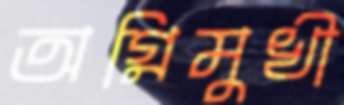
অগ্নিমুখী